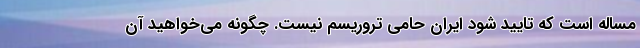
مساله است که تایید شود ایران حامی تروریسم نیست. چگونه می‌خواهید آن